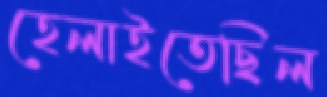
হেলাইতেছিল